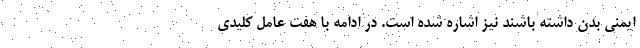
ایمنی بدن داشته باشند نیز اشاره شده است. در ادامه با هفت عامل کلیدی